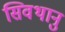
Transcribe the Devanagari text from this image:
सिवथानु